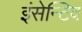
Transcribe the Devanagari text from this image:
इंसेन्टिव